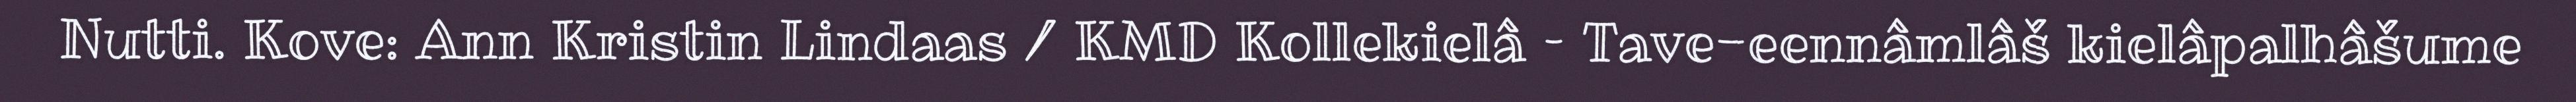
Nutti. Kove: Ann Kristin Lindaas / KMD Kollekielâ – Tave-eennâmlâš kielâpalhâšume